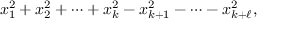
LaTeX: x _ { 1 } ^ { 2 } + x _ { 2 } ^ { 2 } + \cdots + x _ { k } ^ { 2 } - x _ { k + 1 } ^ { 2 } - \cdots - x _ { k + \ell } ^ { 2 } ,